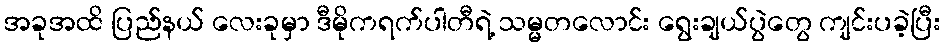
အခုအထိ ပြည်နယ် လေးခုမှာ ဒီမိုကရက်ပါတီရဲ့ သမ္မတလောင်း ရွေးချယ်ပွဲတွေ ကျင်းပခဲ့ပြီး